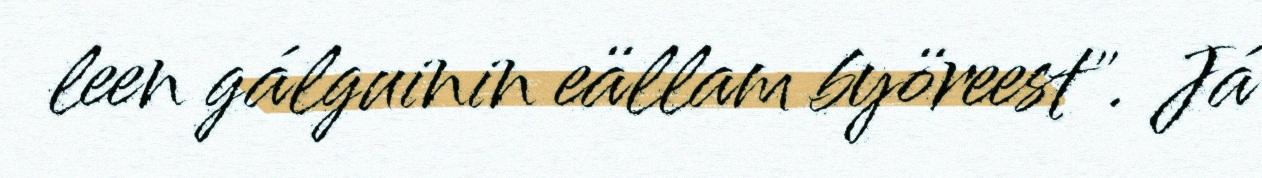
leen gálguinin eällam byöreest". Já